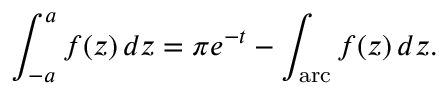
\int _ { - a } ^ { a } f ( z ) \, d z = \pi e ^ { - t } - \int _ { \mathrm { a r c } } f ( z ) \, d z .